Civil Veterinary Dept. Bombay admin report 1923-31 - 1923-1931
Year: 1923
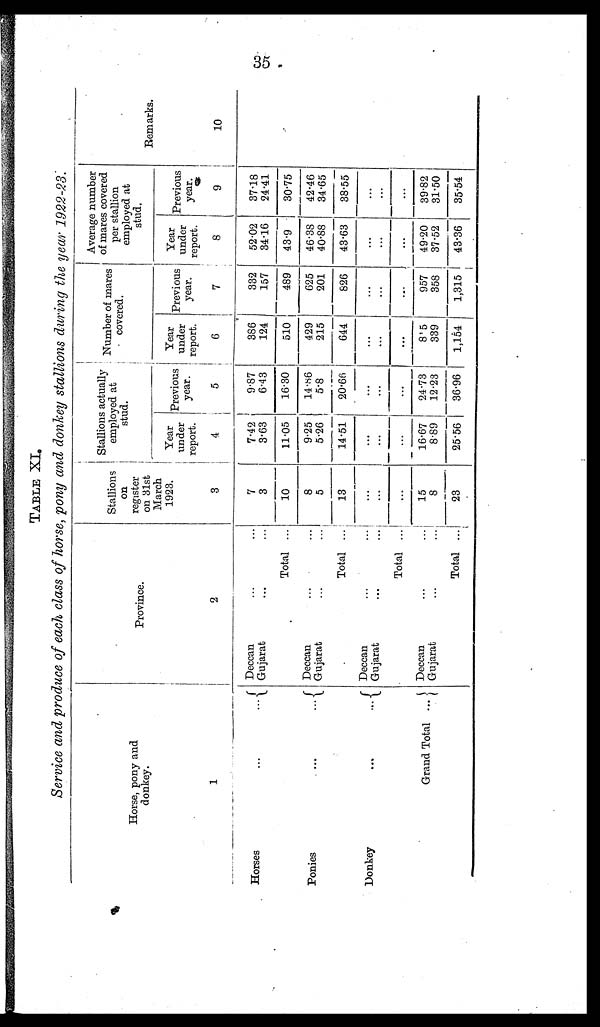
35
TABLE
XL
Service and produce of each class of horse, pony and donkey stallions during the year 1922-23.
Horse, pony and
donkey.
1
Horses
Ponies
Donkey
Province.
2
Deccan... ...
Gujarat...
...
Total ...
Deccan... ...
Gujarat... ...
Total ...
Deccan... ...
Gujarat... ...
Total ...
Deccan... ...
Gujarat... ...
Total ...
Stallions
on
register
on 31st
March
1923.
3
7
3
10
8
5
13
...
...
...
15
8
23
Stallions actually
employed at
stud.
Year
under
report.
4
7.42
3.63
11.05
9.25
5.26
14.51
...
...
...
16.67
8.89
25.56
Previous
year.
5
9.87
6.43
16.30
14.86
5.8
20.66
...
...
...
24.73
12.23
36.96
Number of mares
covered.
Year
under
report.
6
386
124
510
429
215
644
...
...
...
815
339
1,154
Previous
year.
7
332
157
489
625
201
826
...
...
...
957
358
1,315
Average number
of mares covered
per stallion
employed at
stud.
Year
under
report.
8
52.02
34.16
43.9
46.38
40.88
43.63
...
...
...
49.20
37.52
43.36
Previous
year.
9
37.18
24.41
30.75
42.46
34.65
38.55
...
...
...
39.82
31.50
35.54
Remarks.
10